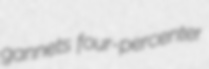
gannets four-percenter